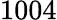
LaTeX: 1004